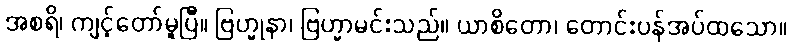
အစရိ၊ ကျင့်တော်မူပြီ။ ဗြဟ္မုနာ၊ ဗြဟ္မာမင်းသည်။ ယာစိတော၊ တောင်းပန်အပ်ထသော။